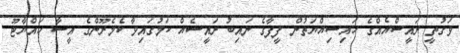
ވަގުތީ ރައީސްއެއްގެ ހައިސިއްޔަތުން ފީފާގެ ނައިބު ރައީސެއް ކަމުގައިވާ ކެމެރޫންގެ އީސާ ހައްޔާޓޫ